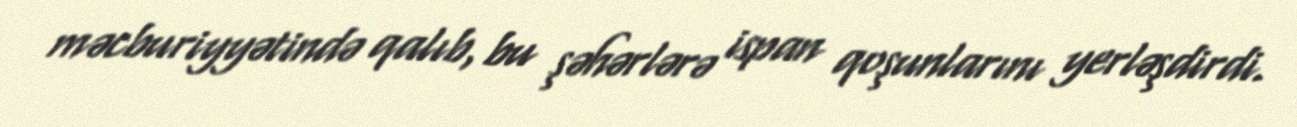
məcburiyyətində qalıb, bu şəhərlərə ispan qoşunlarını yerləşdirdi.